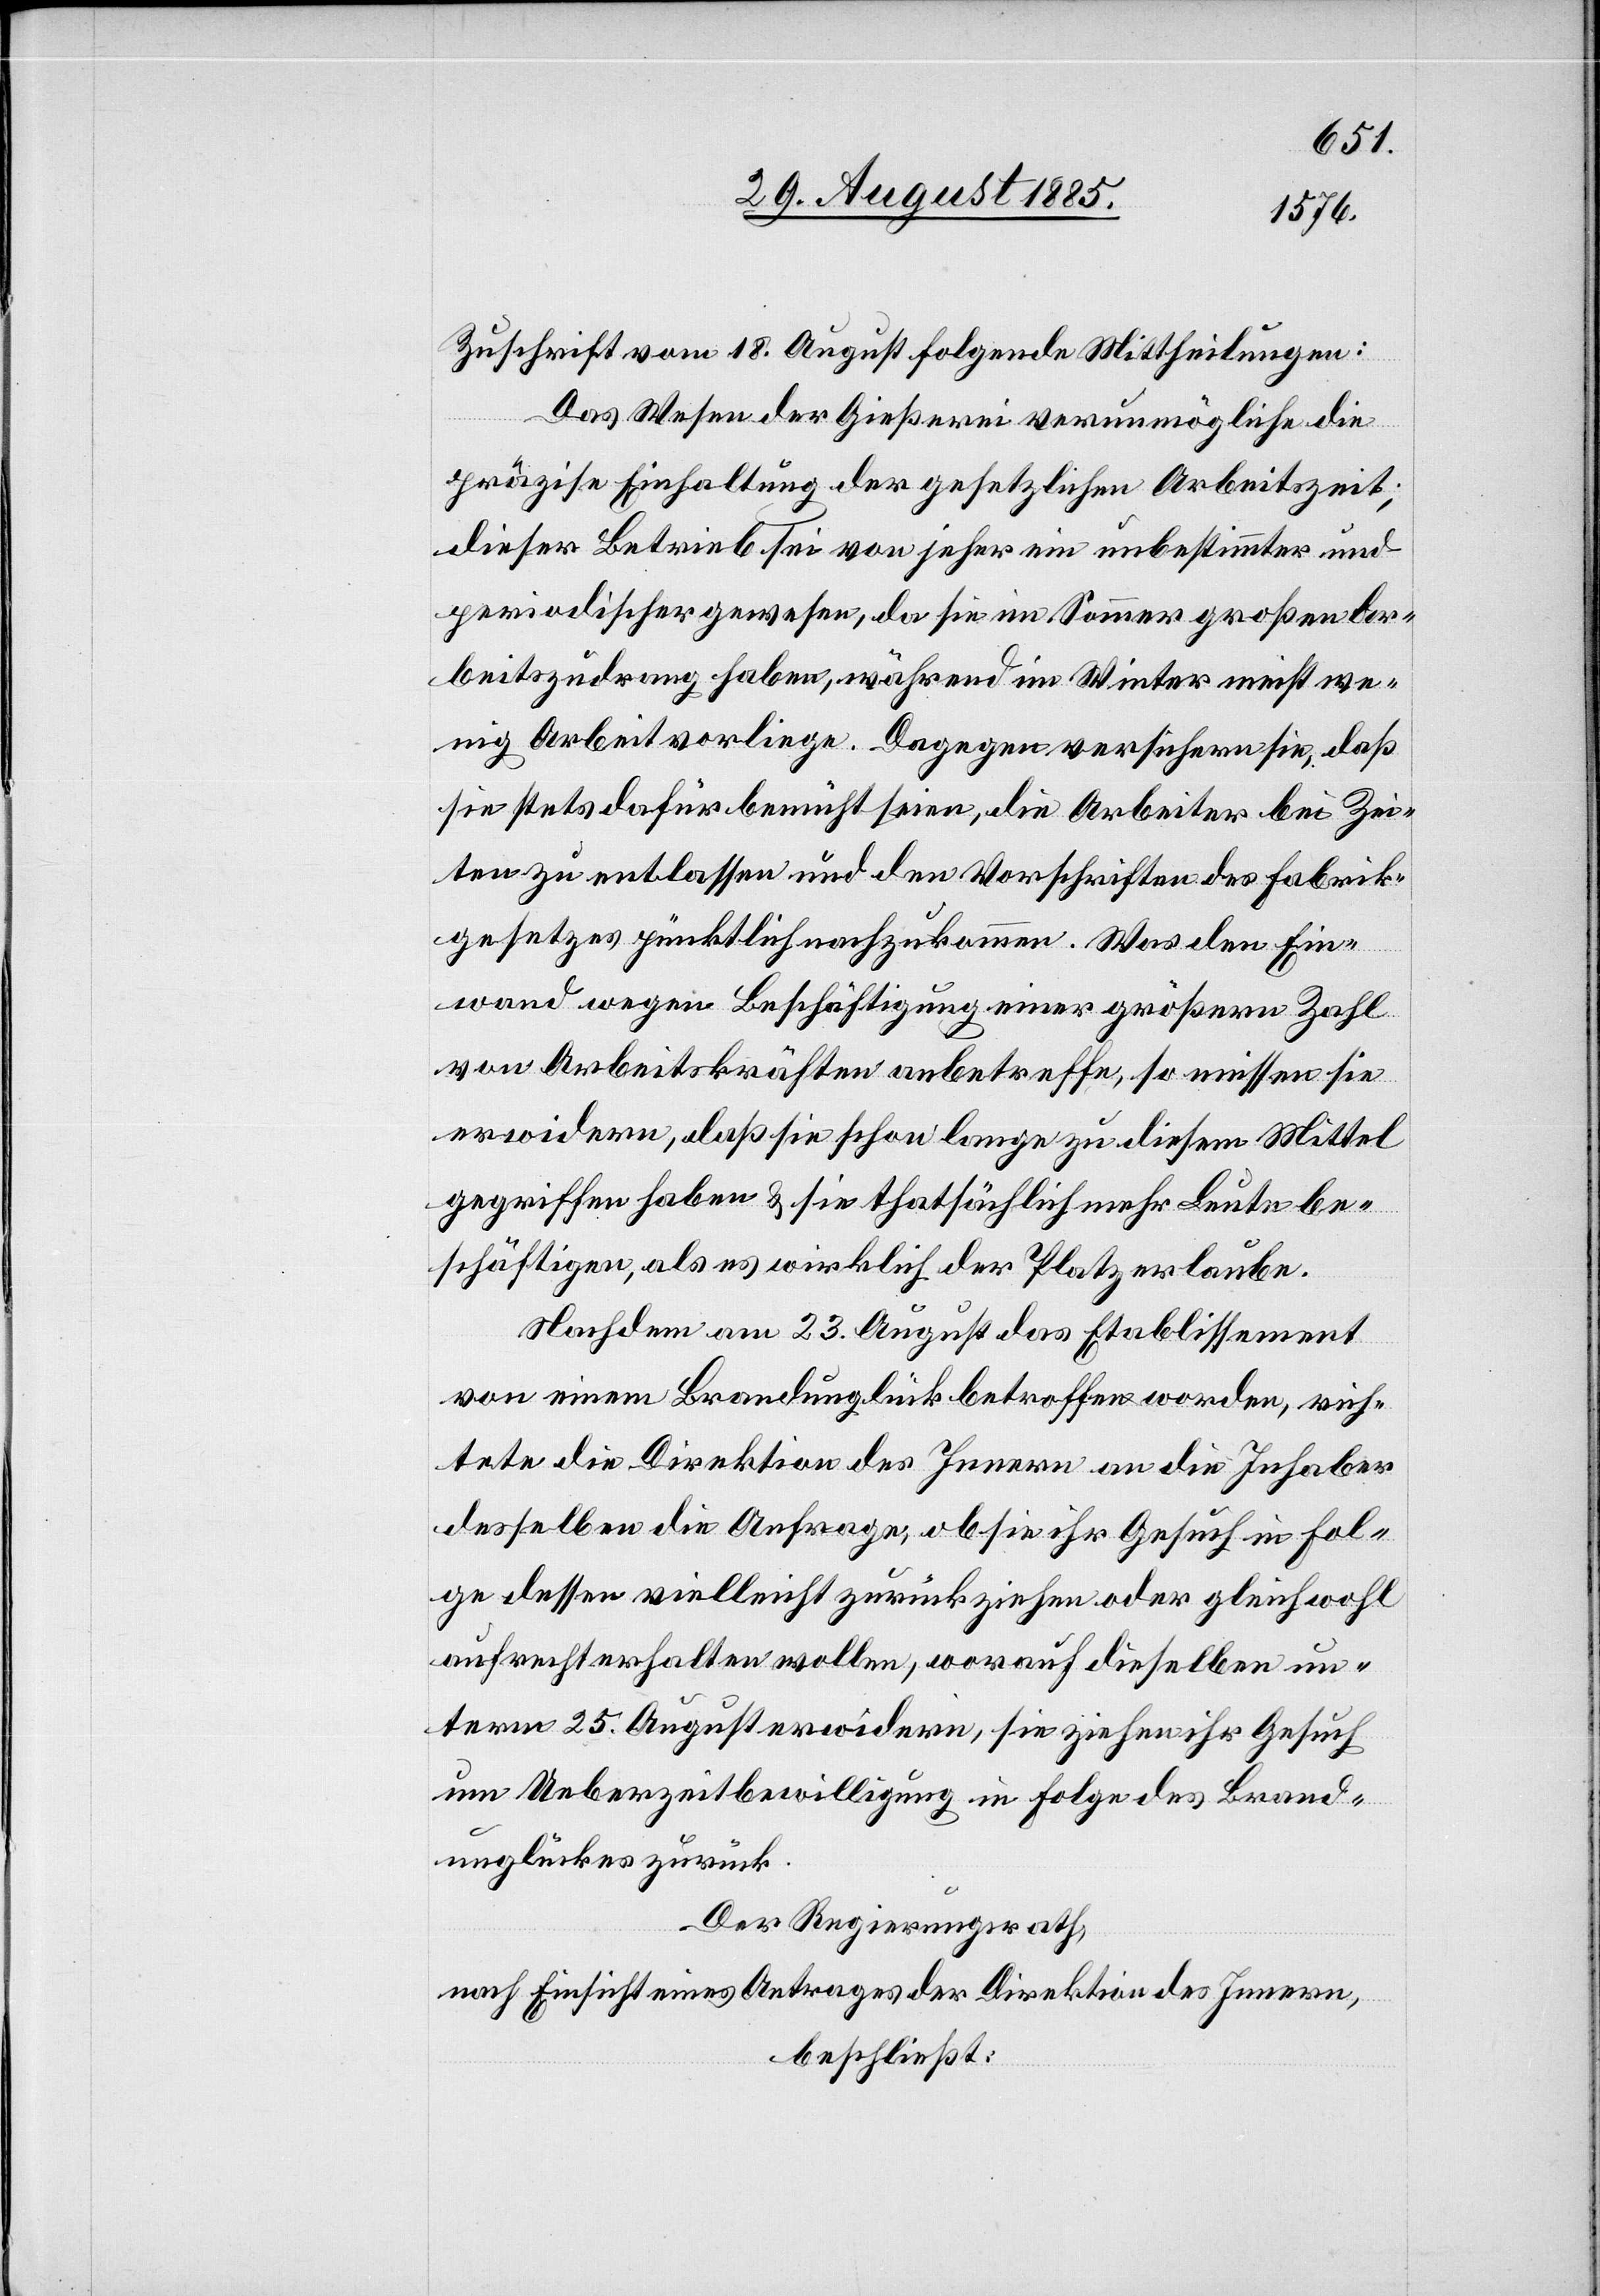
Zuschrift vom 18. August folgende Mittheilungen:
Das Wesen der Gießerei verunmögliche die
präzise Einhaltung der gesetzlichen Arbeitszeit;
dieser Betrieb sei von jeher ein unbestimmter und
periodischer gewesen, da sie im Sommer großen Ar¬
beitszudrang haben, während im Winter meist we¬
nig Arbeit vorliege. Dagegen versichern sie, daß
sie stets dafür bemüht seien, die Arbeiter bei Zei¬
ten zu entlassen und den Vorschriften des Fabrik¬
gesetzes pünktlich nachzukommen. Was den Ein¬
wand wegen Beschäftigung einer größeren Zahl
von Arbeitskräften anbetreffe, so müssen sie
erwidern, daß sie schon lange zu diesem Mittel
gegriffen haben & sie thatsächlich mehr Leute be¬
schäftigen, als es wirklich der Platz erlaube.
Nachdem am 23. August das Etablissement
von einem Brandunglück betroffen worden, rich¬
tete die Direktion des Innern an die Inhaber
desselben die Anfrage, ob sie ihr Gesuch in Fol¬
ge dessen vielleicht zurückziehen oder gleichwohl
aufrecht erhalten wollen, worauf dieselben un¬
term 25. August erwidern, sie ziehen ihr Gesuch
um Arbeitszeitbewilligung in Folge des Brand¬
unglückes zurück.
Der Regierungsrath,
nach Einsicht eines Antrages der Direktion des Innern,
beschließt: